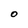
Character: o